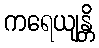
ကရေယျန္တိ